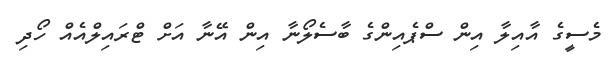
މެސީގެ އާއިލާ އިން ސްޕެއިންގެ ބާސެލޯނާ އިން އޭނާ އަށް ޓްރައިލްއެއް ހޯދި